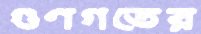
গুণগতের